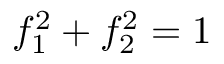
f _ { 1 } ^ { 2 } + f _ { 2 } ^ { 2 } = 1